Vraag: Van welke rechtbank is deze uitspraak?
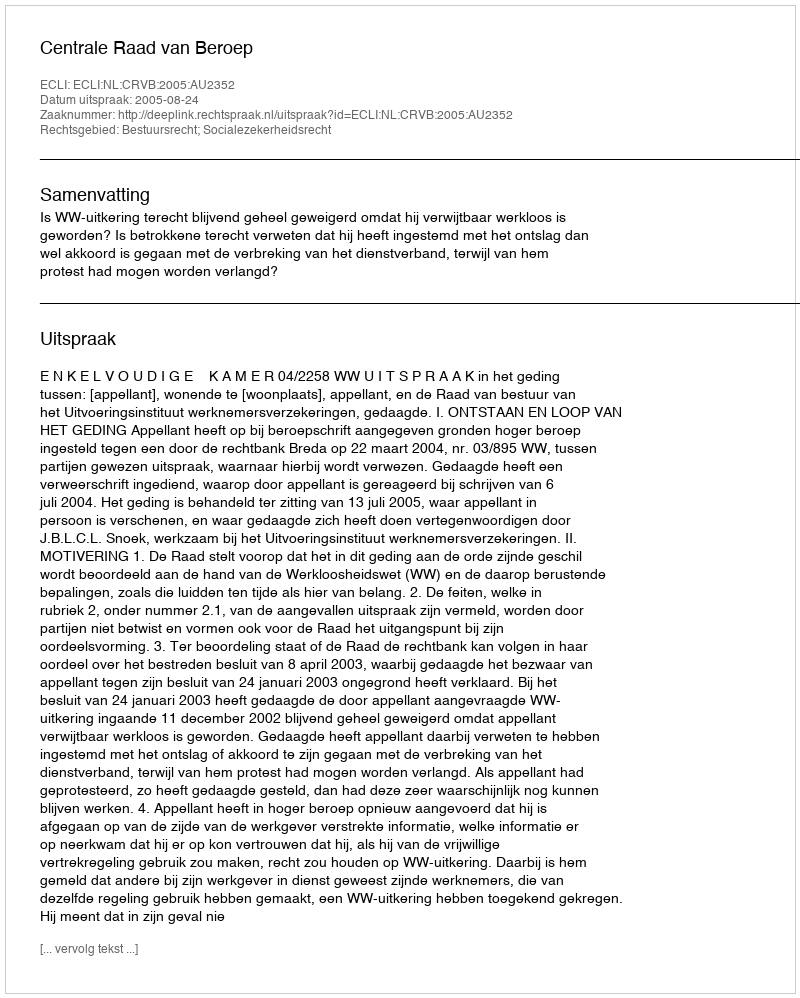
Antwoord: Centrale Raad van Beroep